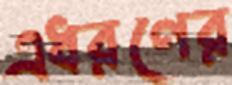
এধরণের